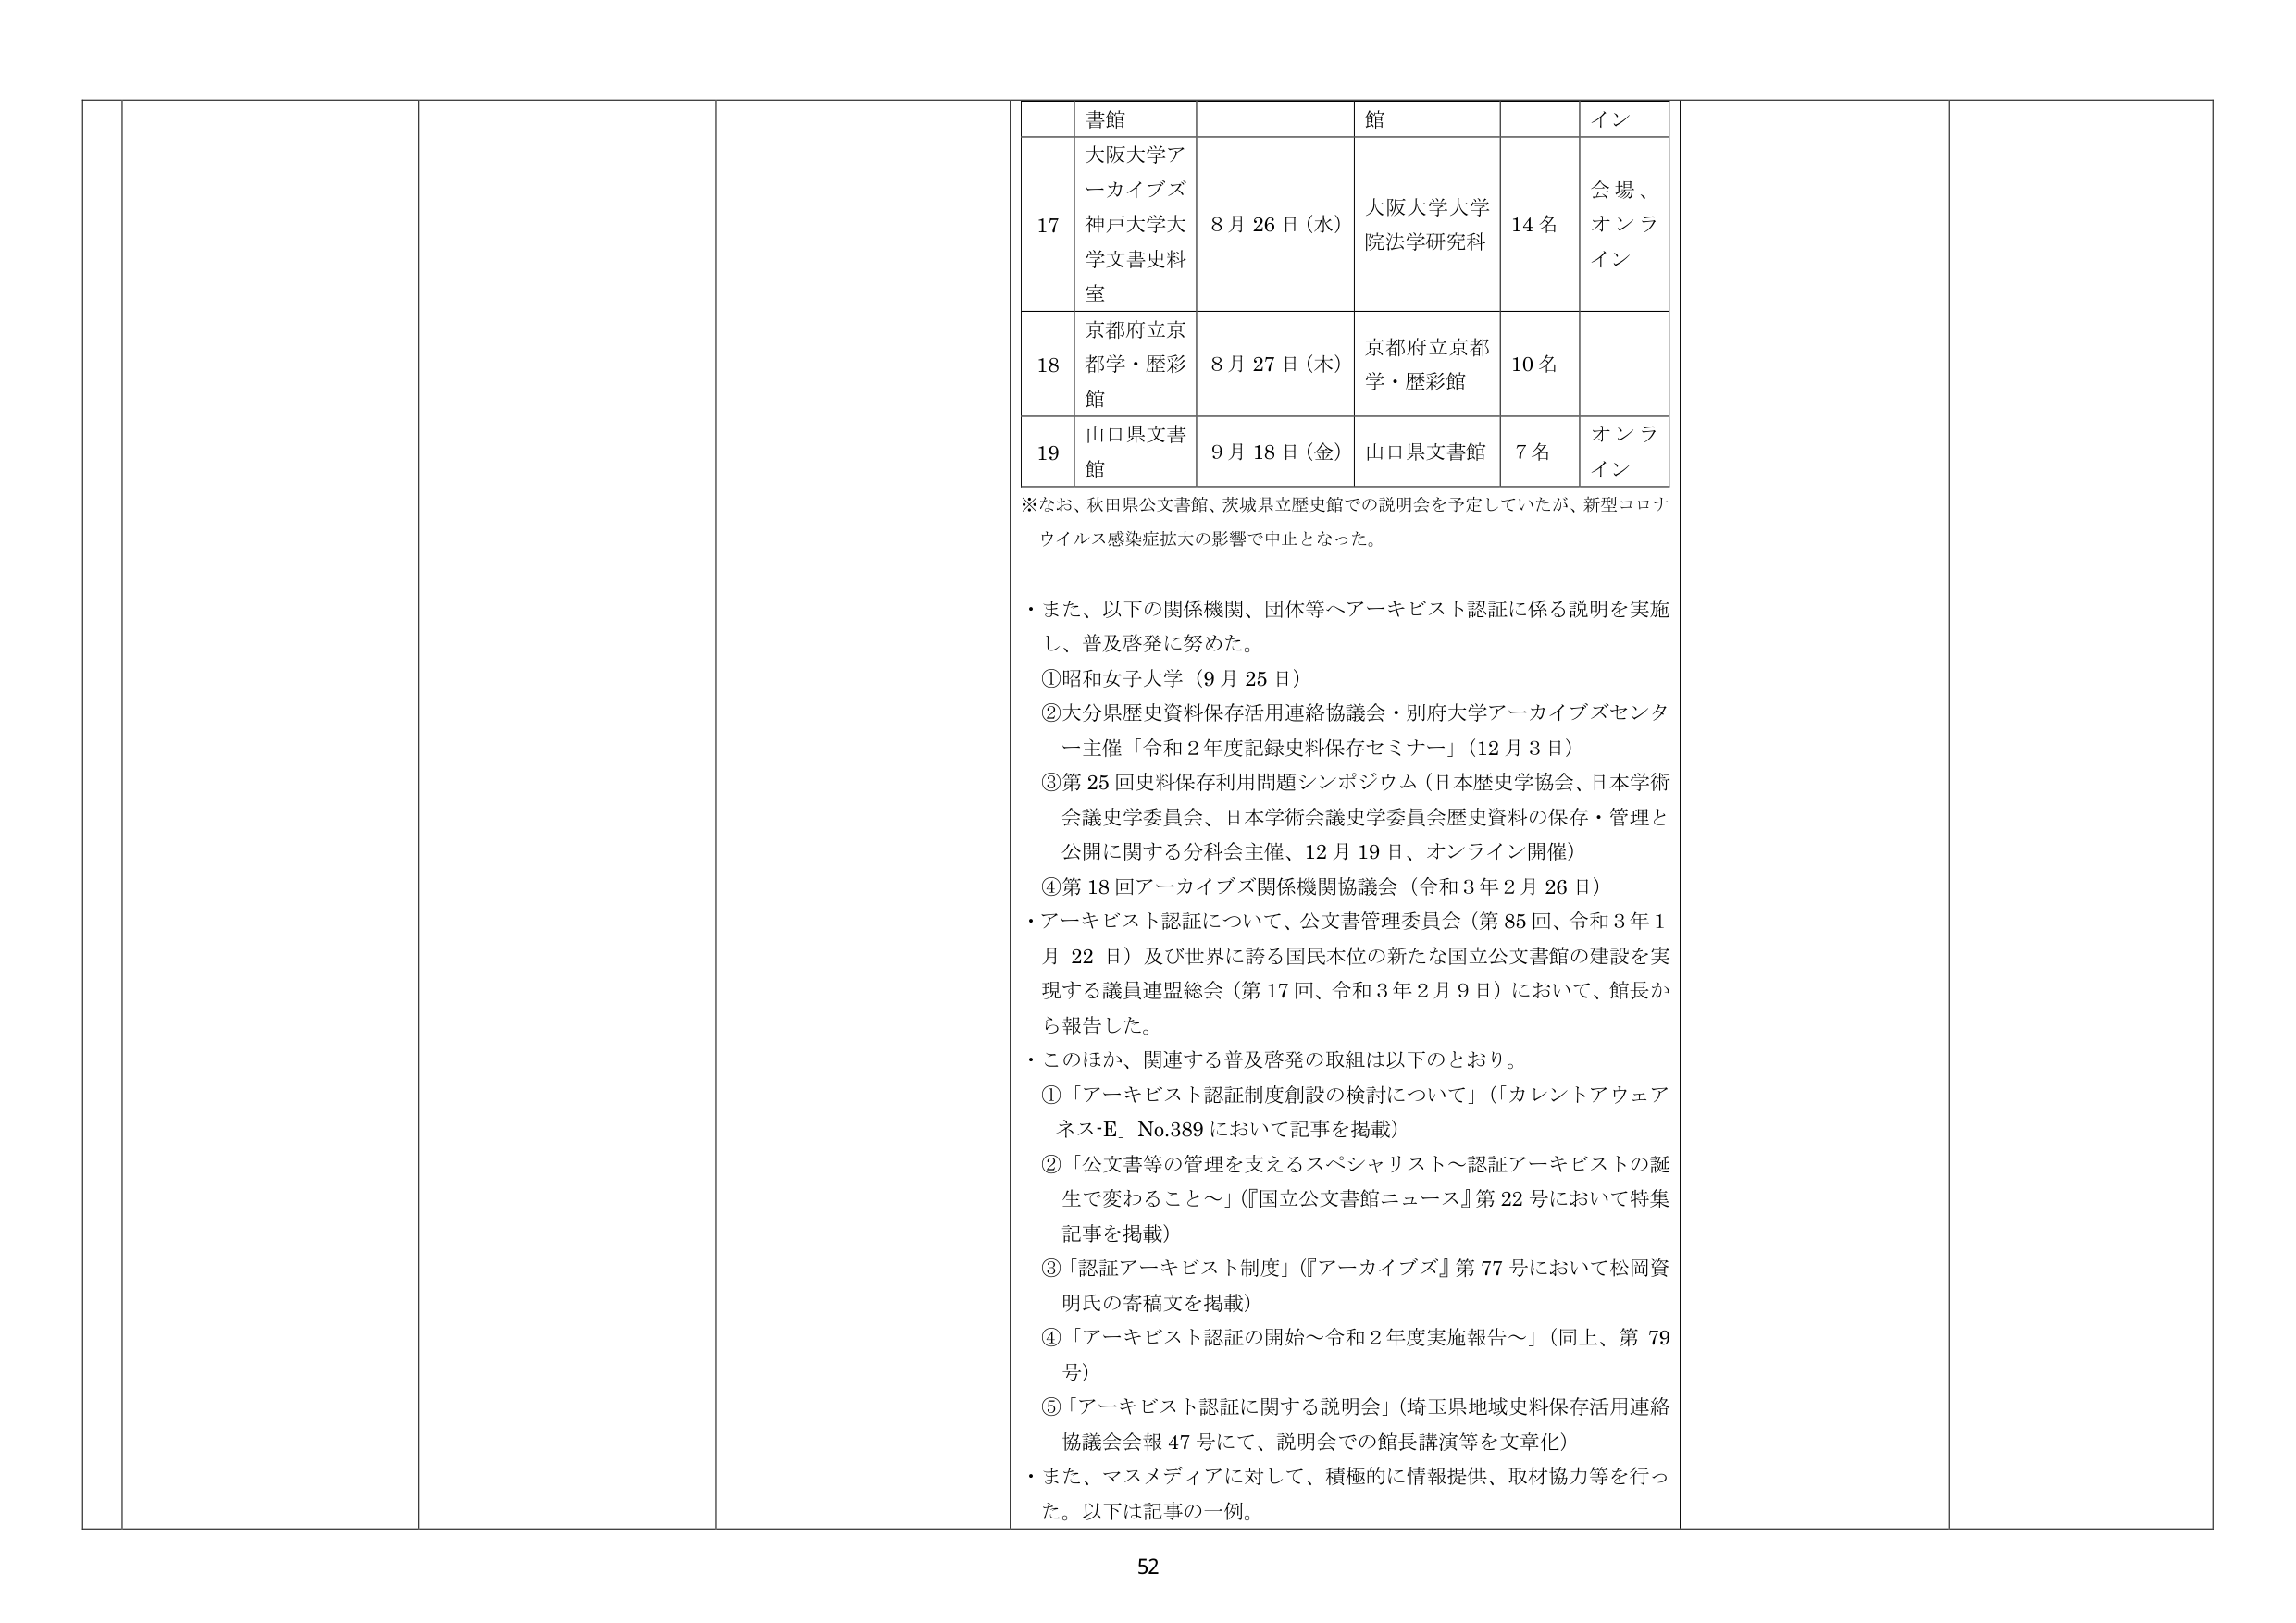
書館
館
イン

17
大阪大学アーカイブズ
神戸大学大学文書史料室
8月26日（水）
大阪大学大学院法学研究科
14名
会場、オンライン

18
京都府立京都学・歴彩館
8月27日（木）
京都府立京都学・歴彩館
10名

19
山口県文書館
9月18日（金）
山口県文書館
7名
オンライン

※なお、秋田県公文書館、茨城県立歴史館での説明会を予定していたが、新型コロナウイルス感染症拡大の影響で中止となった。

・また、以下の関係機関、団体等へアーキビスト認証に係る説明を実施し、普及啓発に努めた。
①昭和女子大学（9月25日）
②大分県歴史資料保存活用連絡協議会・別府大学アーカイブズセンター主催「令和2年度記録史料保存セミナー」（12月3日）
③第25回史料保存利用問題シンポジウム（日本歴史学協会、日本学術会議史学委員会、日本学術会議史学委員会歴史資料の保存・管理と公開に関する分科会主催、12月19日、オンライン開催）
④第18回アーカイブズ関係機関協議会（令和3年2月26日）
・アーキビスト認証について、公文書管理委員会（第85回、令和3年1月22日）及び世界に誇る国民本位の新たな国立公文書館の建設を実現する議員連盟総会（第17回、令和3年2月9日）において、館長から報告した。
・このほか、関連する普及啓発の取組は以下のとおり。
①「アーキビスト認証制度創設の検討について」（「カレントアウェアネス-E」No.389において記事を掲載）
②「公文書等の管理を支えるスペシャリスト～認証アーキビストの誕生で変わること～」（『国立公文書館ニュース』第22号において特集記事を掲載）
③「認証アーキビスト制度」（『アーカイブズ』第77号において松岡資明氏の寄稿文を掲載）
④「アーキビスト認証の開始～令和2年度実施報告～」（同上、第79号）
⑤「アーキビスト認証に関する説明会」（埼玉県地域史料保存活用連絡協議会会報47号にて、説明会での館長講演等を文章化）
・また、マスメディアに対して、積極的に情報提供、取材協力等を行った。以下は記事の一例。

52